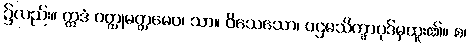
၌လည်း။ ဣဒံ ဝတ္ထုမတ္တမေဝ၊ သာ။ ဝိသေသော၊ ပဌမသိက္ခာပုဒ်မှထူး၏။ စ၊